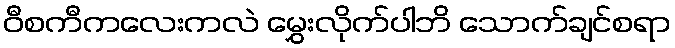
ဝီစကီကလေးကလဲ မွှေးလိုက်ပါဘိ သောက်ချင်စရာ